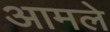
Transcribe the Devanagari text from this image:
आमले